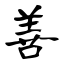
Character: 善